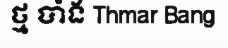
ថ្ម បាំង Thmar Bang